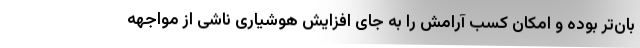
بان‌تر بوده و امکان کسب آرامش را به جای افزایش هوشیاری ناشی از مواجهه